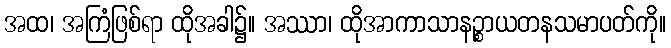
အထ၊ အကြံဖြစ်ရာ ထိုအခါ၌။ အဿာ၊ ထိုအာကာသာနဉ္စာယတနသမာပတ်ကို။